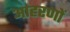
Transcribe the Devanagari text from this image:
आहरणों